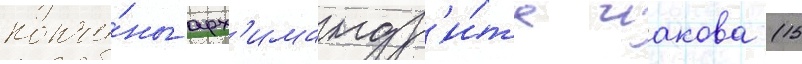
кончи́ны арх'имандр'и́та иакова (15